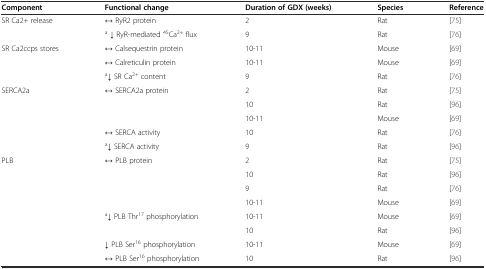
<table><thead><tr><td><b>Component</b></td><td><b>Functional change</b></td><td><b>Duration of GDX (weeks)</b></td><td><b>Species</b></td><td><b>Reference</b></td></tr></thead><tbody><tr><td rowspan="2">SR Ca2+ release</td><td>↔ RyR2 protein</td><td>2</td><td>Rat</td><td>[75]</td></tr><tr><td><sup>a</sup> ↓ RyR-mediated <sup>45</sup>Ca<sup>2+</sup> flux</td><td>9</td><td>Rat</td><td>[76]</td></tr><tr><td rowspan="3">SR Ca2ccps stores</td><td>↔ Calsequestrin protein</td><td>10-11</td><td>Mouse</td><td>[69]</td></tr><tr><td>↔ Calreticulin protein</td><td>10-11</td><td>Mouse</td><td>[69]</td></tr><tr><td><sup>a</sup>↓ SR Ca<sup>2+</sup> content</td><td>9</td><td>Rat</td><td>[76]</td></tr><tr><td rowspan="4">SERCA2a</td><td rowspan="3">↔ SERCA2a protein</td><td>2</td><td>Rat</td><td>[75]</td></tr><tr><td>10</td><td>Rat</td><td>[96]</td></tr><tr><td>10-11</td><td>Mouse</td><td>[69]</td></tr><tr><td>↔ SERCA activity</td><td>10</td><td>Rat</td><td>[76]</td></tr><tr><td></td><td><sup>a</sup>↓ SERCA activity</td><td>9</td><td>Rat</td><td>[96]</td></tr><tr><td rowspan="4">PLB</td><td rowspan="4">↔ PLB protein</td><td>2</td><td>Rat</td><td>[75]</td></tr><tr><td>10</td><td>Rat</td><td>[96]</td></tr><tr><td>9</td><td>Rat</td><td>[76]</td></tr><tr><td>10-11</td><td>Mouse</td><td>[69]</td></tr><tr><td rowspan="4"></td><td><sup>a</sup>↓ PLB Thr<sup>17</sup> phosphorylation</td><td>10-11</td><td>Mouse</td><td>[69]</td></tr><tr><td></td><td>10</td><td>Rat</td><td>[96]</td></tr><tr><td>↓ PLB Ser<sup>16</sup> phosphorylation</td><td>10-11</td><td>Mouse</td><td>[69]</td></tr><tr><td>↔ PLB Ser<sup>16</sup> phosphorylation</td><td>10</td><td>Rat</td><td>[96]</td></tr></tbody></table>